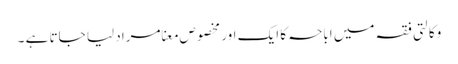
وکالتی فقہ میں اباحہ کا ایک اور مخصوص معنا مراد لیا جاتا ہے ۔